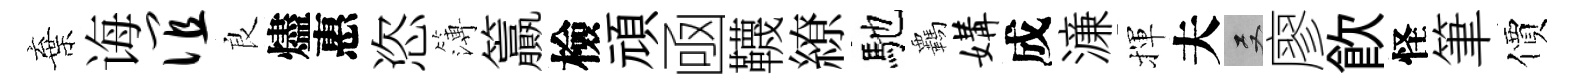
棄诲谊良燼惠恣簿籯檢頑凾韈繚馳覊媾成濓揮夫双廖飮怪筆價